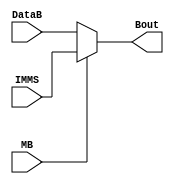
module muxMB(MB, DataB, IMMS, Bout);
  
  // inputs
  input  MB;
  input[7:0] IMMS;
  input[7:0] DataB;
  
  // outputs
  output [7:0]Bout;

  // MUX LOGIC:
  //   if   MB == 0 => Bout = DataB
  //   else            => Bout = IMMS'
  assign Bout = (MB == 1'b0) ? DataB : IMMS;

endmodule